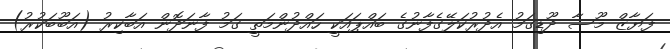
ފަޔާޒް މޫސާ ދޫޑިގަމު އެދުރުކަލޭގެފާނުގެ ބައްޕައަކީ ހައްދުންމަތީ ގަމު ފާނަދޮން އަބާކިރު (އަބޫބަކުރު)